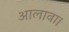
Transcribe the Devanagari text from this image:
आलावा।